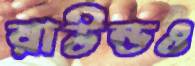
রাউন্ডও